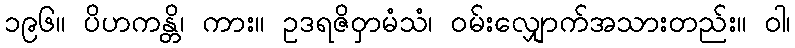
၁၉၆။ ပိဟကန္တိ၊ ကား။ ဥဒရဇိဝှာမံသံ၊ ဝမ်းလျှောက်အသားတည်း။ ဝါ၊